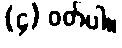
(၄) ဝတ်ပါ။